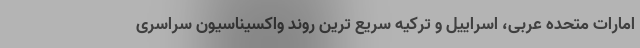
امارات متحده عربی، اسراییل و ترکیه سریع ترین روند واکسیناسیون سراسری